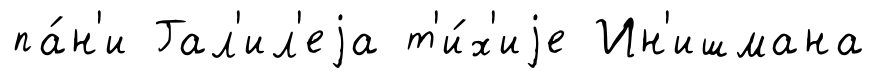
па́н'и Гал'ил'еjа т'и́х'иjе Ин'ишмана